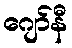
ဂျော်နီ